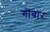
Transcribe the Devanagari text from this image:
गोबार